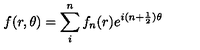
\displaystyle f ( r , \theta ) = \sum _ { i } ^ { n } { f _ { n } ( r ) e ^ { i ( n + \frac { 1 } { 2 } ) \theta } }